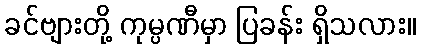
ခင်ဗျားတို့ ကုမ္ပဏီမှာ ပြခန်း ရှိသလား။